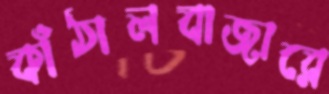
কাঁঠালবাজারে